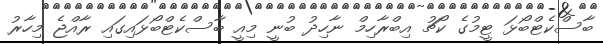
ބާސްކެޓްބޯޅަ ޓީމުުގެ ކޯޗު އިބްރާހިމް ނާހިދު ބުނީ މިއީ ބާސްކެޓްބޯޅައިގައި ރާއްޖެ މިހާރު